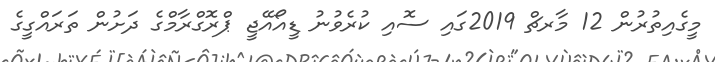
މީގެއިތުރުން 12 މާރޗް 2019ގައި ސޮއި ކުރެވުނު ޑީއޯއޭޖީ ޕްރޮގްރާމްގެ ދަށުން ތަރައްގީގެ